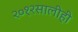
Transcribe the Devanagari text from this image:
२०१२सालीही